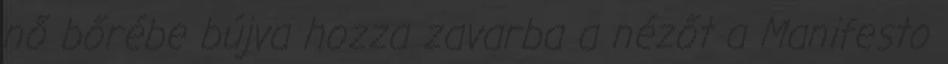
nő bőrébe bújva hozza zavarba a nézőt a Manifesto